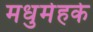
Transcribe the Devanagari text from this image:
मधुमेहके